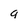
Character: 9